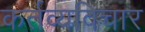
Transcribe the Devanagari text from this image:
कर्तव्यविचार